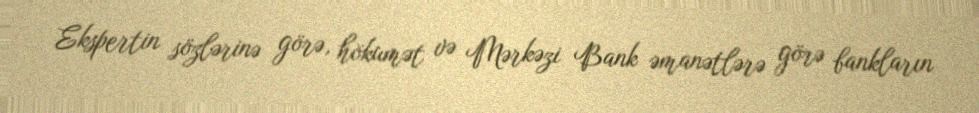
Ekspertin sözlərinə görə, hökumət və Mərkəzi Bank əmanətlərə görə bankların